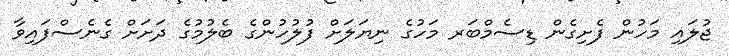
ޖުލައި މަހުން ފެށިގެން ޑިސެމްބަރ މަހުގެ ނިޔަލަށް ފުލުހުންގެ ބެލުމުގެ ދަށަށް ގެނެސްފައިވާ